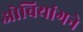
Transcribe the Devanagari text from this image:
ओबियांगने